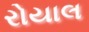
રોયાલ